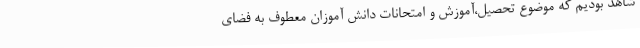
شاهد بودیم که موضوع تحصیل،آموزش و امتحانات دانش آموزان معطوف به فضای